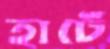
হার্টে